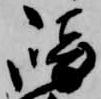
崎